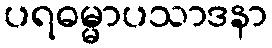
ပရဓမ္မာပသာဒနာ